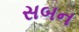
સબન